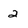
Character: 2